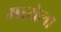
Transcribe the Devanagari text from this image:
मायेला